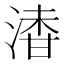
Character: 𣺇